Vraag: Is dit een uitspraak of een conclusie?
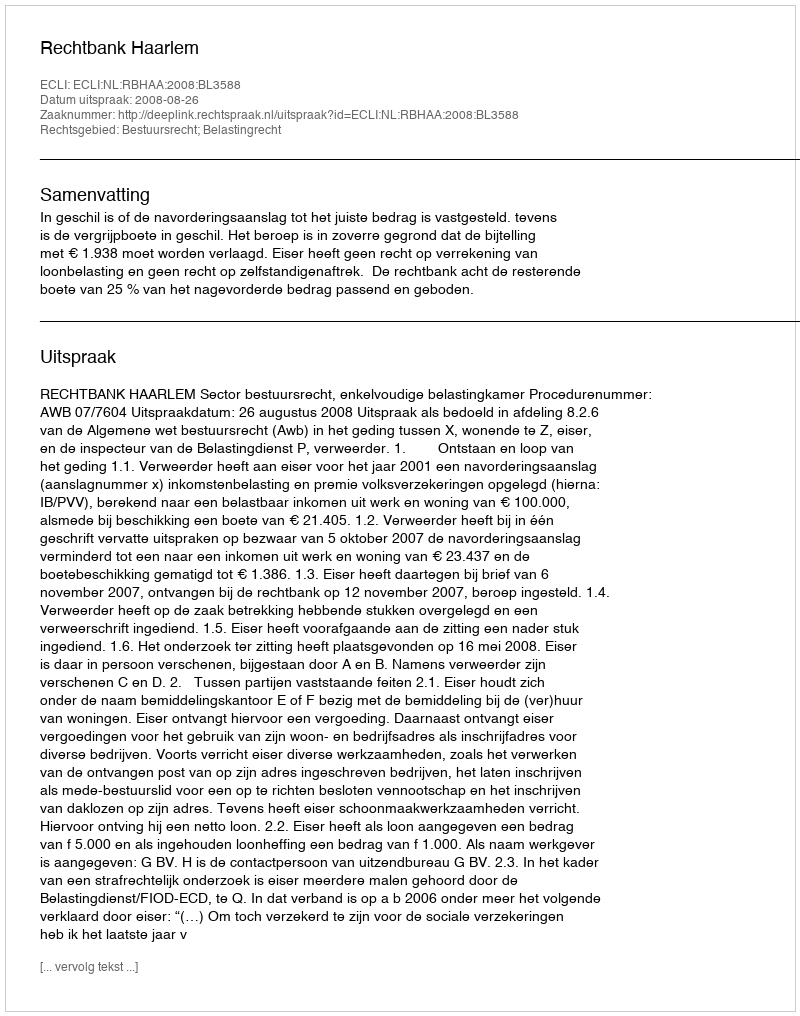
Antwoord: Uitspraak